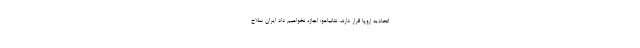
اتحادیه اروپا قرار دارند. نتانیاهو: اجازه نخواهیم داد ایران سلاح